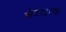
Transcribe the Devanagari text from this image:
मीटरइतके